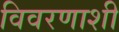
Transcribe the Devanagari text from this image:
विवरणाशी